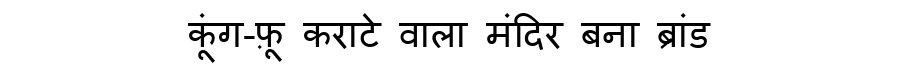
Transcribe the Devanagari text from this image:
कूंग-फ़ू कराटे वाला मंदिर बना ब्रांड